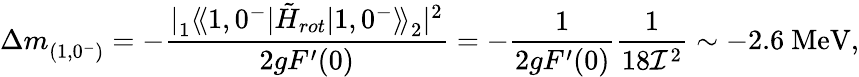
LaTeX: \Delta m_{(1,0^{-})}^{}=-\frac{|{^{}_{1}\langle\! \langle 1,0^{-}|{\tilde{H}}_{rot}|1,0^{-}\rangle\! \rangle_{2}^{}}|^{2}}{2gF^{\prime}(0)}=-\frac{1}{2gF^{\prime}(0)}\frac{1}{18{\cal I}^{2}}\sim-2.6\mathrm{~MeV},